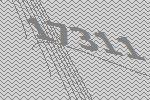
17311